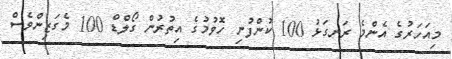
މިއަހަރުގެ އެންމެ ރަނގަޅު 100 ކުންފުނި ހޮވުމުގެ އިތުރުން ގޯލްޑް 100 މެގަޒިންވެސް